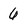
Character: 6